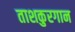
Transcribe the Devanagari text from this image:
ताशकुरगान